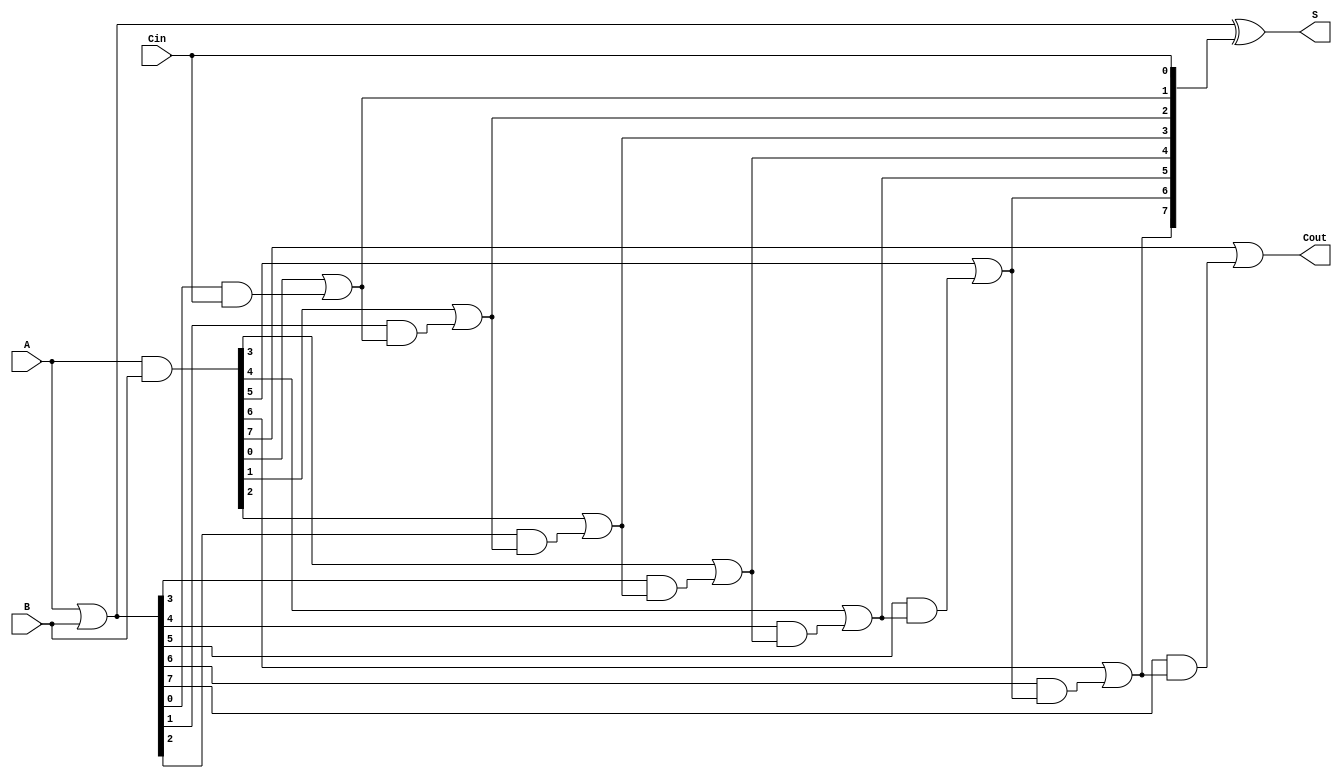
module VariableLatencyCLA #(parameter n = 8) (
    input  wire [n-1:0] A,      // First operand
    input  wire [n-1:0] B,      // Second operand
    input  wire Cin,             // Carry-in
    output wire [n-1:0] S,       // Sum output
    output wire Cout             // Carry-out
);

    // Generate and Propagate signals
    wire [n-1:0] G; // Generate
    wire [n-1:0] P; // Propagate
    wire [n:0] C;   // Carry signals (C[0] = Cin)

    // Generate and Propagate calculations
    assign G = A & B;           // Generate
    assign P = A | B;           // Propagate

    // Carry generation using hierarchical structure
    // Level 1: Direct carry signals
    assign C[0] = Cin;
    genvar i;
    generate
        for (i = 0; i < n; i = i + 1) begin : carry_gen
            assign C[i + 1] = G[i] | (P[i] & C[i]);
        end
    endgenerate

    // Sum calculation
    assign S = P ^ C[n-1:0]; // Sum = Propagate XOR Carry

    // Carry-out
    assign Cout = C[n];

endmodule